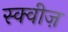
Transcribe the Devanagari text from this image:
स्क्वीज़